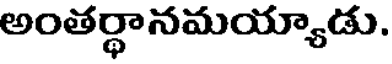
అంతర్థానమయ్యాడు.